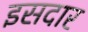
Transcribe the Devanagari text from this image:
इसदार